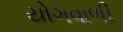
યોગવાળી